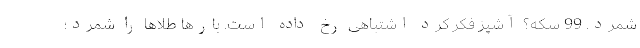
شمرد. 99 سکه؟ آشپز فکر کرد اشتباهی رخ داده است. بارها طلاها را شمرد؛